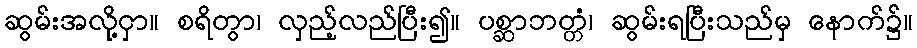
ဆွမ်းအလို့ငှာ။ စရိတွာ၊ လှည့်လည်ပြီး၍။ ပစ္ဆာဘတ္တံ၊ ဆွမ်းရပြီးသည်မှ နောက်၌။